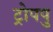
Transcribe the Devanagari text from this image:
ट्रोपपु